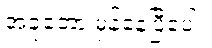
အခုတော့ မှန်နေပြီပေါ့။